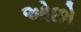
ઓછો